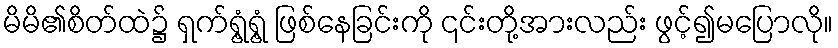
မိမိ၏စိတ်ထဲ၌ ရှက်ရွံ့ရွံ့ ဖြစ်နေခြင်းကို ၎င်းတို့အားလည်း ဖွင့်၍မပြောလို။